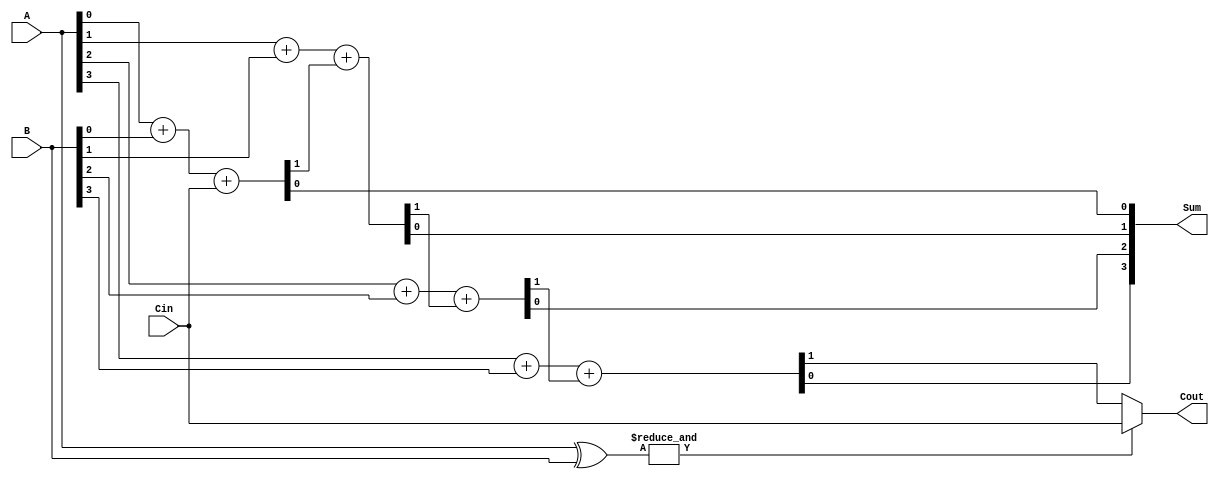
module Ripple4bit (
    input [3:0] A, 
    input [3:0] B, 
    input Cin,    
    output [3:0] Sum, 
    output Cout  
);
wire [3:0] P;
assign P=A ^ B;
wire [3:0] Cout_temp;
assign select=&P;
assign Cout = (select == 1'b1) ? Cin : Cout_temp[3];
assign {Cout_temp[0],Sum[0]} = A[0] + B[0] + Cin;
assign {Cout_temp[1],Sum[1]} = A[1] + B[1] + Cout_temp[0];
assign {Cout_temp[2],Sum[2]} = A[2] + B[2] + Cout_temp[1];
assign {Cout_temp[3],Sum[3]} = A[3] + B[3] + Cout_temp[2];

endmodule